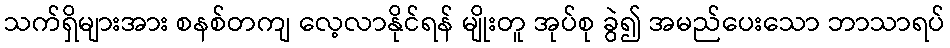
သက်ရှိများအား စနစ်တကျ လေ့လာနိုင်ရန် မျိုးတူ အုပ်စု ခွဲ၍ အမည်ပေးသော ဘာသာရပ်